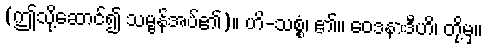
(ဤသို့ဆောင်၍ သမ္ဗန်အပ်၏)။ ဟိ-သစ္စံ၊ ၏။ ဝေဒနာဒီဟိ၊ တို့မှ။